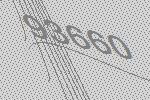
93660